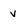
Character: v